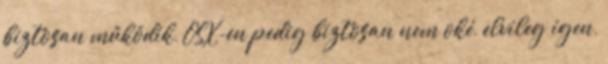
biztosan működik, OSX-en pedig biztosan nem oké, elvileg igen,